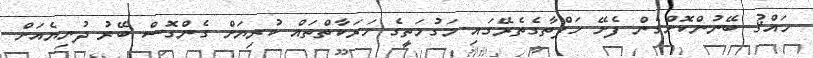
ހައްޤު ބޭނުންކޮށްގެން ފެށޭ ހަފްތާގެތެރޭގައި މަގުމަތީގެ ހަރަކާތްތައް ކުރިޔަށް ގެންގޮސް ބޭރު ދުނިޔެއަށް